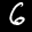
Label: 6